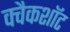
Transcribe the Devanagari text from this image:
क्वैकशॉट